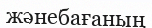
жәнебағаның